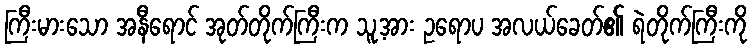
ကြီးမားသော အနီရောင် အုတ်တိုက်ကြီးက သူ့အား ဥရောပ အလယ်ခေတ်၏ ရဲတိုက်ကြီးကို